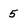
Character: 5